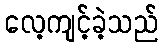
လေ့ကျင့်ခဲ့သည်